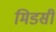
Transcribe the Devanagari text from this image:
मिडसी